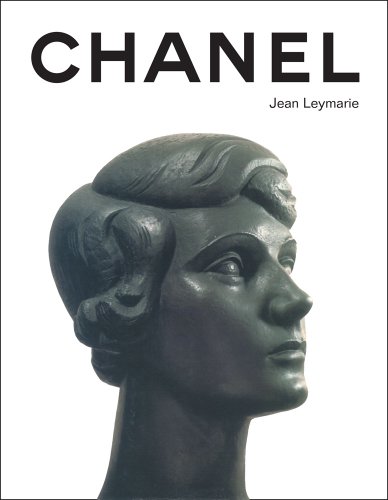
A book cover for Chanel; Jean Leymarie; Arts & Photography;